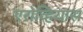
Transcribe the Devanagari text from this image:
एरोव्हियास